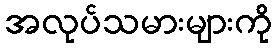
အလုပ်သမားများကို